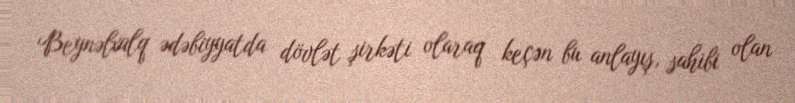
Beynəlxalq ədəbiyyatda dövlət şirkəti olaraq keçən bu anlayış, sahibi olan